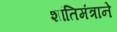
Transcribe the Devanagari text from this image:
शांतिमंत्राने